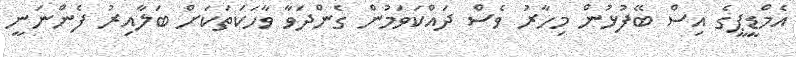
އެމްޑީޕީގެ އިސް ބޭފުޅުން މިހާރު ވެސް ދައްކަވަމުން ގެންދަވާ ވާހަކަތަކަށް ބަލާއިރު ފެންނަނީ